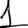
Digit: 1